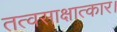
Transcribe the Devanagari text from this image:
तत्वसाक्षात्कार।